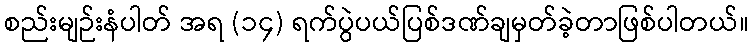
စည်းမျဉ်းနံပါတ် အရ (၁၄) ရက်ပွဲပယ်ပြစ်ဒဏ်ချမှတ်ခဲ့တာဖြစ်ပါတယ်။